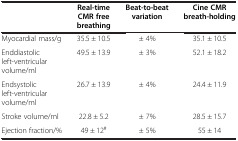
|  | Real-time CMR free breathing | Beat-to-beat variation | Cine CMR breath-holding |
 | --- | --- | --- | --- |
 | Myocardial mass/g | 35.5 ± 10.5 | ± 4% | 35.1 ± 10.5 |
 | Enddiastolic left-ventricular volume/ml | 49.5 ± 13.9 | ± 3% | 52.1 ± 18.2 |
 | Endsystolic left-ventricular volume/ml | 26.7 ± 13.9 | ± 4% | 24.4 ± 11.9 |
 | Stroke volume/ml | 22.8 ± 5.2 | ± 7% | 28.5 ± 15.7 |
 | Ejection fraction/% | 49 ± 12# | ± 5% | 55 ± 14 |